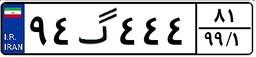
۹۴گ۷۱۶۷۵